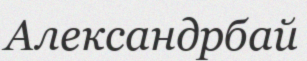
Александрбай